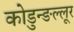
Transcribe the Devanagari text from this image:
कोडुन्ङल्लूर